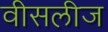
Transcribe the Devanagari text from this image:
वीसलीज